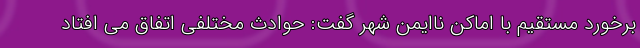
برخورد مستقیم با اماکن ناایمن شهر گفت: حوادث مختلفی اتفاق می افتاد